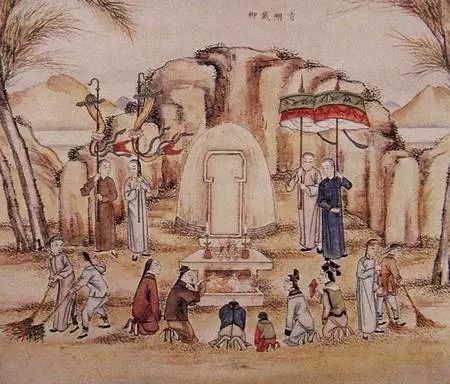
田家占气候，共说此年丰。